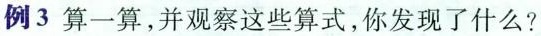
例3 算一算，并观察这些算式，你发现了什么？